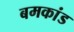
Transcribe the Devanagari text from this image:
बमकांड